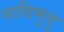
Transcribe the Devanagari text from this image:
नादिमुत्तु